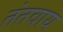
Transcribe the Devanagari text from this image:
तंतवाय